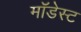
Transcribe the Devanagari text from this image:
मॉडेस्ट